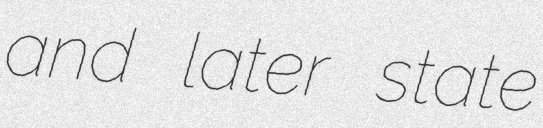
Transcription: and later state